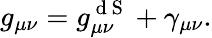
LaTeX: g_{\mu\nu}=g_{\mu\nu}^{\mathrm{~d~S~}}+\gamma_{\mu\nu}.